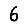
Digit: 6